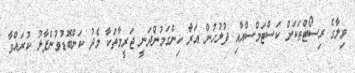
ވިލާގެ ރިސޯޓްތަކަށް ކަސްޓަމްސްއާއި ފުލުހުން އަރާ ހިންގަމުންދަނީ ޖަރީމާތަކާ މެދު ކަންބޮޑުވުންފާޅު ކުރައްވާ